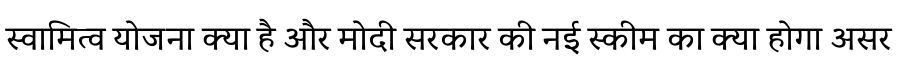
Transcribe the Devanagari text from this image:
स्वामित्व योजना क्या है और मोदी सरकार की नई स्कीम का क्या होगा असर